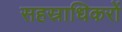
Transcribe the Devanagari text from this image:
सहस्राधिकरों